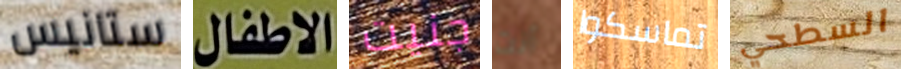
ستانيس الاطفال جنيت أنت تماسكوا السطحي